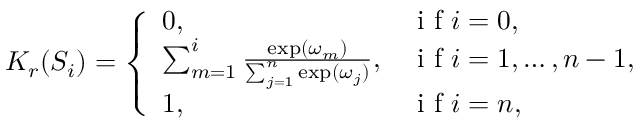
K _ { r } ( S _ { i } ) = \left\{ \begin{array} { l l } { 0 , } & { \mathrm { ~ i ~ f ~ } i = 0 , } \\ { \sum _ { m = 1 } ^ { i } \frac { \exp ( \omega _ { m } ) } { \sum _ { j = 1 } ^ { n } \exp ( \omega _ { j } ) } , } & { \mathrm { ~ i ~ f ~ } i = 1 , \ldots , n - 1 , } \\ { 1 , } & { \mathrm { ~ i ~ f ~ } i = n , } \end{array} \right.